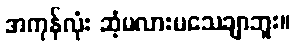
အကုန်လုံး ဆံ့မလားမသေချာဘူး။